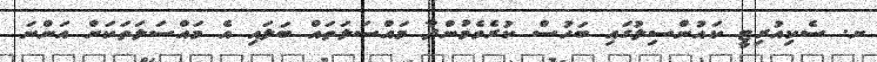
ށ. ސެކިއުރިޓީ ކައުންސިލުގައި ބަހުސް ކުރެވެމުންދާ މައްސަލަތައް ބަލައި އެ މައްސަލަތަކަށް އަންނަ